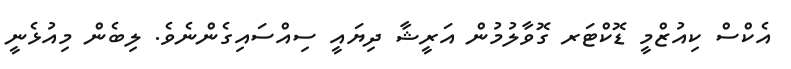
އެކްސް ކިއުޒްމީ ޑޮކްޓަރ ގޮވާލުމުން އަރީޝާ ދިޔައީ ސިއްސައިގެންނެވެ. ލިބެން މިއުޅެނީ